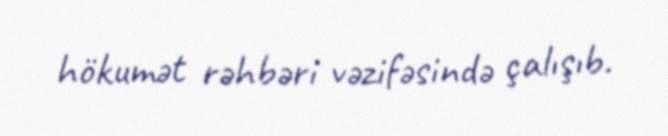
hökumət rəhbəri vəzifəsində çalışıb.